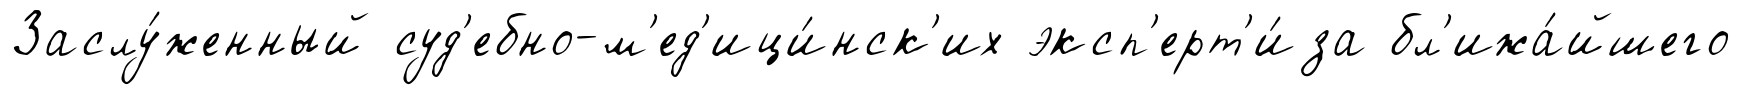
Заслу́женный суд'ебно-м'ед'ици́нск'их эксп'ерт'и́за бл'ижа́йшего